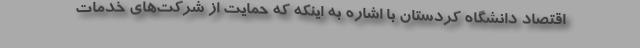
اقتصاد دانشگاه کردستان با اشاره به اینکه که حمایت از شرکت‌های خدمات